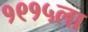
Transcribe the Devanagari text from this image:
१९१५ला